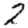
Digit: 2